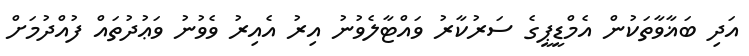
އަދި ބަޣާވާތަކުން އެމްޑީޕީގެ ސަރުކާރު ވައްޓާލެވުނު އިރު އެއިރު ވެވުނު ވަޢުދުތައް ފުއްދުމަށް